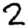
Digit: 2